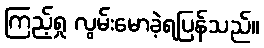
ကြည့်ရှု လွမ်းမောခဲ့ရပြန်သည်။